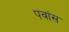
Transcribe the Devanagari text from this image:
पवांस